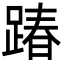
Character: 踳